Lunatic asylums Central Provinces reports 1895-1909 - 1895-1909
Year: 1895
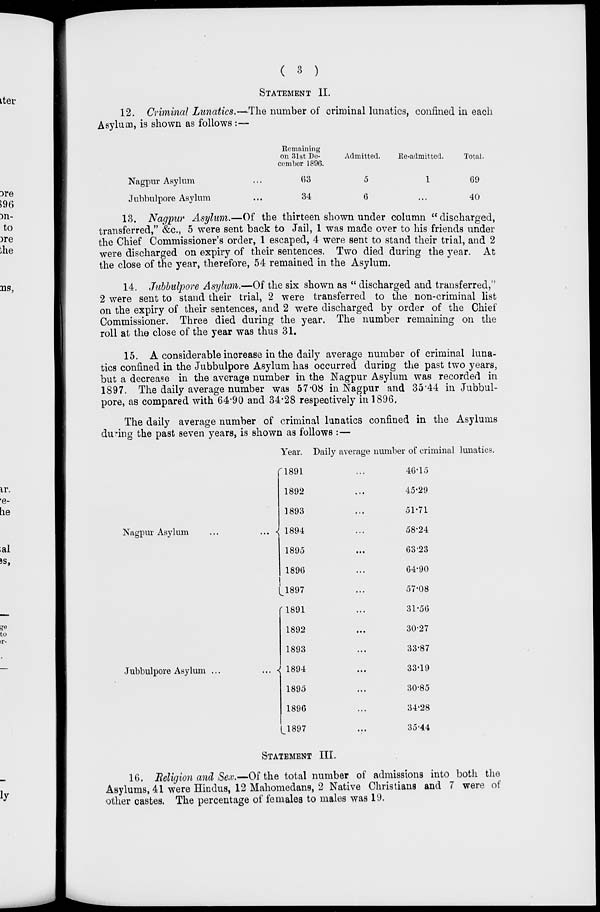
( 3 )
STATEMENT II.
12. Criminal Lunatics.—The number of criminal lunatics, confined in each
Asylum, is shown as follows:—
Nagpur Asylum ...
Jubbulpore Asylum ...
Remaining
on 31st De-
cember 1896.
63
34
Admitted.
5
6
Re-admitted.
1
...
Total.
69
40
13. Nagpur Asylum.—Of the thirteen shown under column " discharged,
transferred," &c., 5 were sent back to Jail, 1 was made over to his friends under
the Chief Commissioner's order, 1 escaped, 4 were sent to stand their trial, and 2
were discharged on expiry of their sentences. Two died during the year. At
the close of the year, therefore, 54 remained in the Asylum.
14. Jubbulpore Asylum.—Of the six shown as " discharged and transferred,"
2 were sent to stand their trial, 2 were transferred to the non-criminal list
on the expiry of their sentences, and 2 were discharged by order of the Chief
Commissioner. Three died during the year. The number remaining on the
roll at the close of the year was thus 31.
15. A considerable increase in the daily average number of criminal luna-
tics confined in the Jubbulpore Asylum has occurred during the past two years,
but a decrease in the average number in the Nagpur Asylum was recorded in
1897. The daily average number was 57.08 in Nagpur and 35.44 in Jubbul-
pore, as compared with 64.90 and 34.28 respectively in 1896.
The daily average number of criminal lunatics confined in the Asylums
during the past seven years, is shown as follows :—
Nagpur Asylum
...
...
Jubbulpore Asylum ...
...
Year.
1891
1892
1893
1894
1895
1896
1897
1891
1892
1893
1894
1895
1896
1897
Daily average number of criminal lunatics.
... 46.15
... 45.29
... 51.71
... 58.24
... 63.23
... 64.90
... 57.08
... 31.56
... 30.27
... 33.87
... 33.19
... 30.85
... 34.28
... 35.44
STATEMENT III.
16. Religion and Sex.—Of the total number of admissions into both the
Asylums, 41 were Hindus, 12 Mahomedans, 2 Native Christians and 7 were of
other castes. The percentage of females to males was 19.